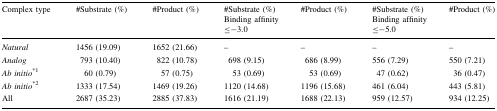
<table><thead><tr><td rowspan="2"><b>Complex type</b></td><td rowspan="2"><b>#Substrate (%)</b></td><td rowspan="2"><b>#Product (%)</b></td><td><b>#Substrate (%)</b></td><td><b>#Product (%)</b></td><td><b>#Substrate (%)</b></td><td><b>#Product (%)</b></td></tr><tr><td colspan="2"><b>Binding affinity ≤−3.0</b></td><td colspan="2"><b>Binding affinity ≤−5.0</b></td></tr></thead><tbody><tr><td><i>Natural</i></td><td>1456 (19.09)</td><td>1652 (21.66)</td><td>–</td><td>–</td><td>–</td><td>–</td></tr><tr><td><i>Analog</i></td><td>793 (10.40)</td><td>822 (10.78)</td><td>698 (9.15)</td><td>686 (8.99)</td><td>556 (7.29)</td><td>550 (7.21)</td></tr><tr><td><i>Ab initio</i><sup>*1</sup></td><td>60 (0.79)</td><td>57 (0.75)</td><td>53 (0.69)</td><td>53 (0.69)</td><td>47 (0.62)</td><td>36 (0.47)</td></tr><tr><td><i>Ab initio</i><sup>*2</sup></td><td>1333 (17.54)</td><td>1469 (19.26)</td><td>1120 (14.68)</td><td>1196 (15.68)</td><td>461 (6.04)</td><td>443 (5.81)</td></tr><tr><td>All</td><td>2687 (35.23)</td><td>2885 (37.83)</td><td>1616 (21.19)</td><td>1688 (22.13)</td><td>959 (12.57)</td><td>934 (12.25)</td></tr></tbody></table>